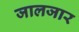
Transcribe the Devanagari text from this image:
जालजार